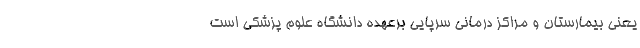
یعنی بیمارستان و مراکز درمانی سرپایی برعهده دانشگاه علوم پزشکی است